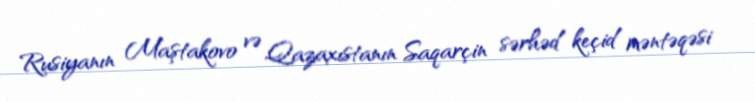
Rusiyanın Maştakovo və Qazaxıstanın Saqarçin sərhəd keçid məntəqəsi